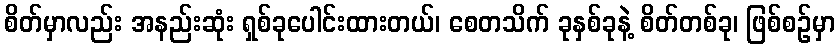
စိတ်မှာလည်း အနည်းဆုံး ရှစ်ခုပေါင်းထားတယ်၊ စေတသိက် ခုနှစ်ခုနဲ့ စိတ်တစ်ခု၊ ဖြစ်စဉ်မှာ